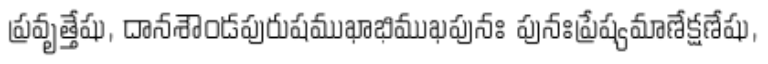
ప్రవృత్తేషు, దానశౌండపురుషముఖాభిముఖపునః పునఃప్రేష్యమాణేక్షణేషు,